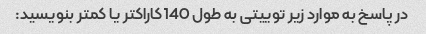
در پاسخ به موارد زیر توییتی به طول 140 کاراکتر یا کمتر بنویسید: